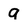
Character: g